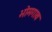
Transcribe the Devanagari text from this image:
भोमगाव